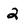
Character: 2